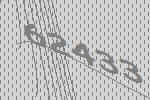
62433